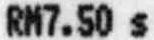
RM7.50 S